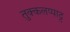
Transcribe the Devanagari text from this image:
तुक्कलप्पाट्ट